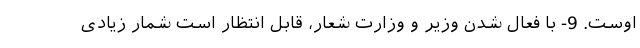
اوست. 9- با فعال شدن وزیر و وزارت شعار، قابل انتظار است شمار زیادی